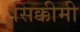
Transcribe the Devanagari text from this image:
सिक्कीमी